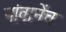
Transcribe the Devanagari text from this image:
नांवानेंच